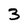
Character: 3